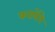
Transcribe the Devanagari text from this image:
करायेंगे